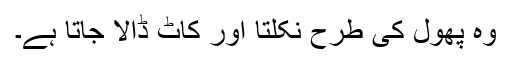
وہ پھول کی طرح نکلتا اور کاٹ ڈالا جاتا ہے۔